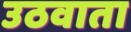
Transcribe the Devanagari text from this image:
उठवाता